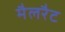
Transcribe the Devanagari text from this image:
मैलरैट